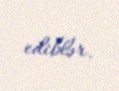
ediblər.